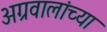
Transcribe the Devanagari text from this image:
अग्रवालांच्या